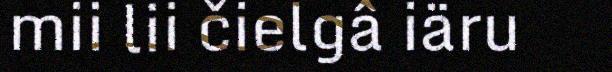
mii lii čielgâ iäru